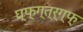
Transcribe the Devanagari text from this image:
घ्फ्ग्त्र्ग्फ्